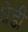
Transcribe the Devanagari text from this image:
धेडी